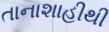
તાનાશાહીથી